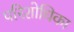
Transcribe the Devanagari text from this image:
परिशोधिका